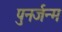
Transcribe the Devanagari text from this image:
पुनर्जन्‍म